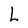
Character: L